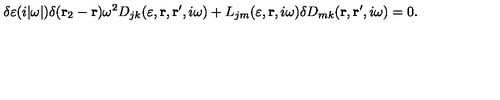
\delta \varepsilon ( i | \omega | ) \delta ( { \bf r } _ { 2 } - { \bf r } ) \omega ^ { 2 } D _ { j k } ( \varepsilon , { \bf r } , { \bf r } ^ { \prime } , i \omega ) + L _ { j m } ( \varepsilon , { \bf r } , i \omega ) \delta D _ { m k } ( { \bf r } , { \bf r } ^ { \prime } , i \omega ) = 0 .